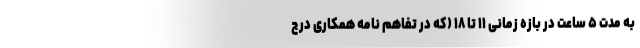
به مدت ۵ ساعت در بازه زمانی ۱۱ تا ۱۸ (که در تفاهم نامه همکاری درج